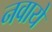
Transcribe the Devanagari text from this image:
नवाये